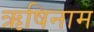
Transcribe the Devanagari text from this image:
ऋषिनाम